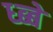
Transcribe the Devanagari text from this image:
ध्ब्बे